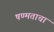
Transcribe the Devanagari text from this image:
षण्मताचा